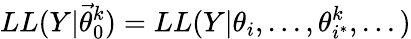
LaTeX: LL(Y|\vec{\theta}_{0}^{k})=LL(Y|\theta_{i},...,\theta_{i^{*}}^{k},...)